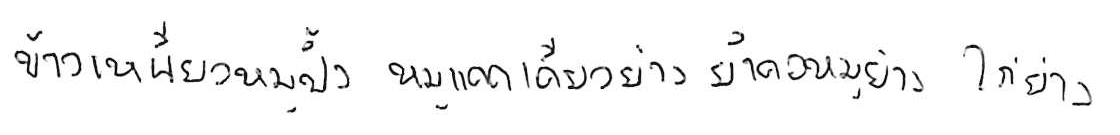
ข้าวเหนียวหมูปิ้ง หมูแดดเดียวย่าง ยำคอหมูย่าง ไก่ย่าง